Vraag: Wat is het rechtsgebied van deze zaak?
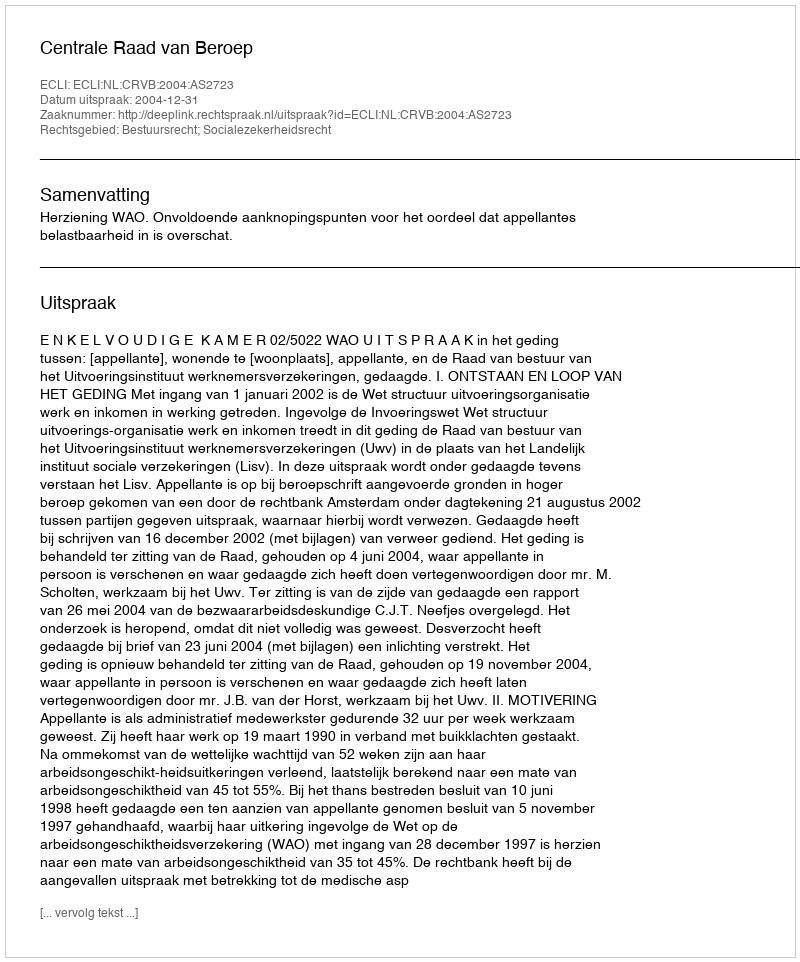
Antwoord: Bestuursrecht; Socialezekerheidsrecht